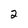
Character: 2